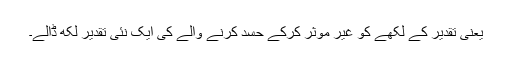
یعنی تقدیر کے لکھے کو غیر موثر کرکے حسد کرنے والے کی ایک نئی تقدیر لکھ ڈالے۔